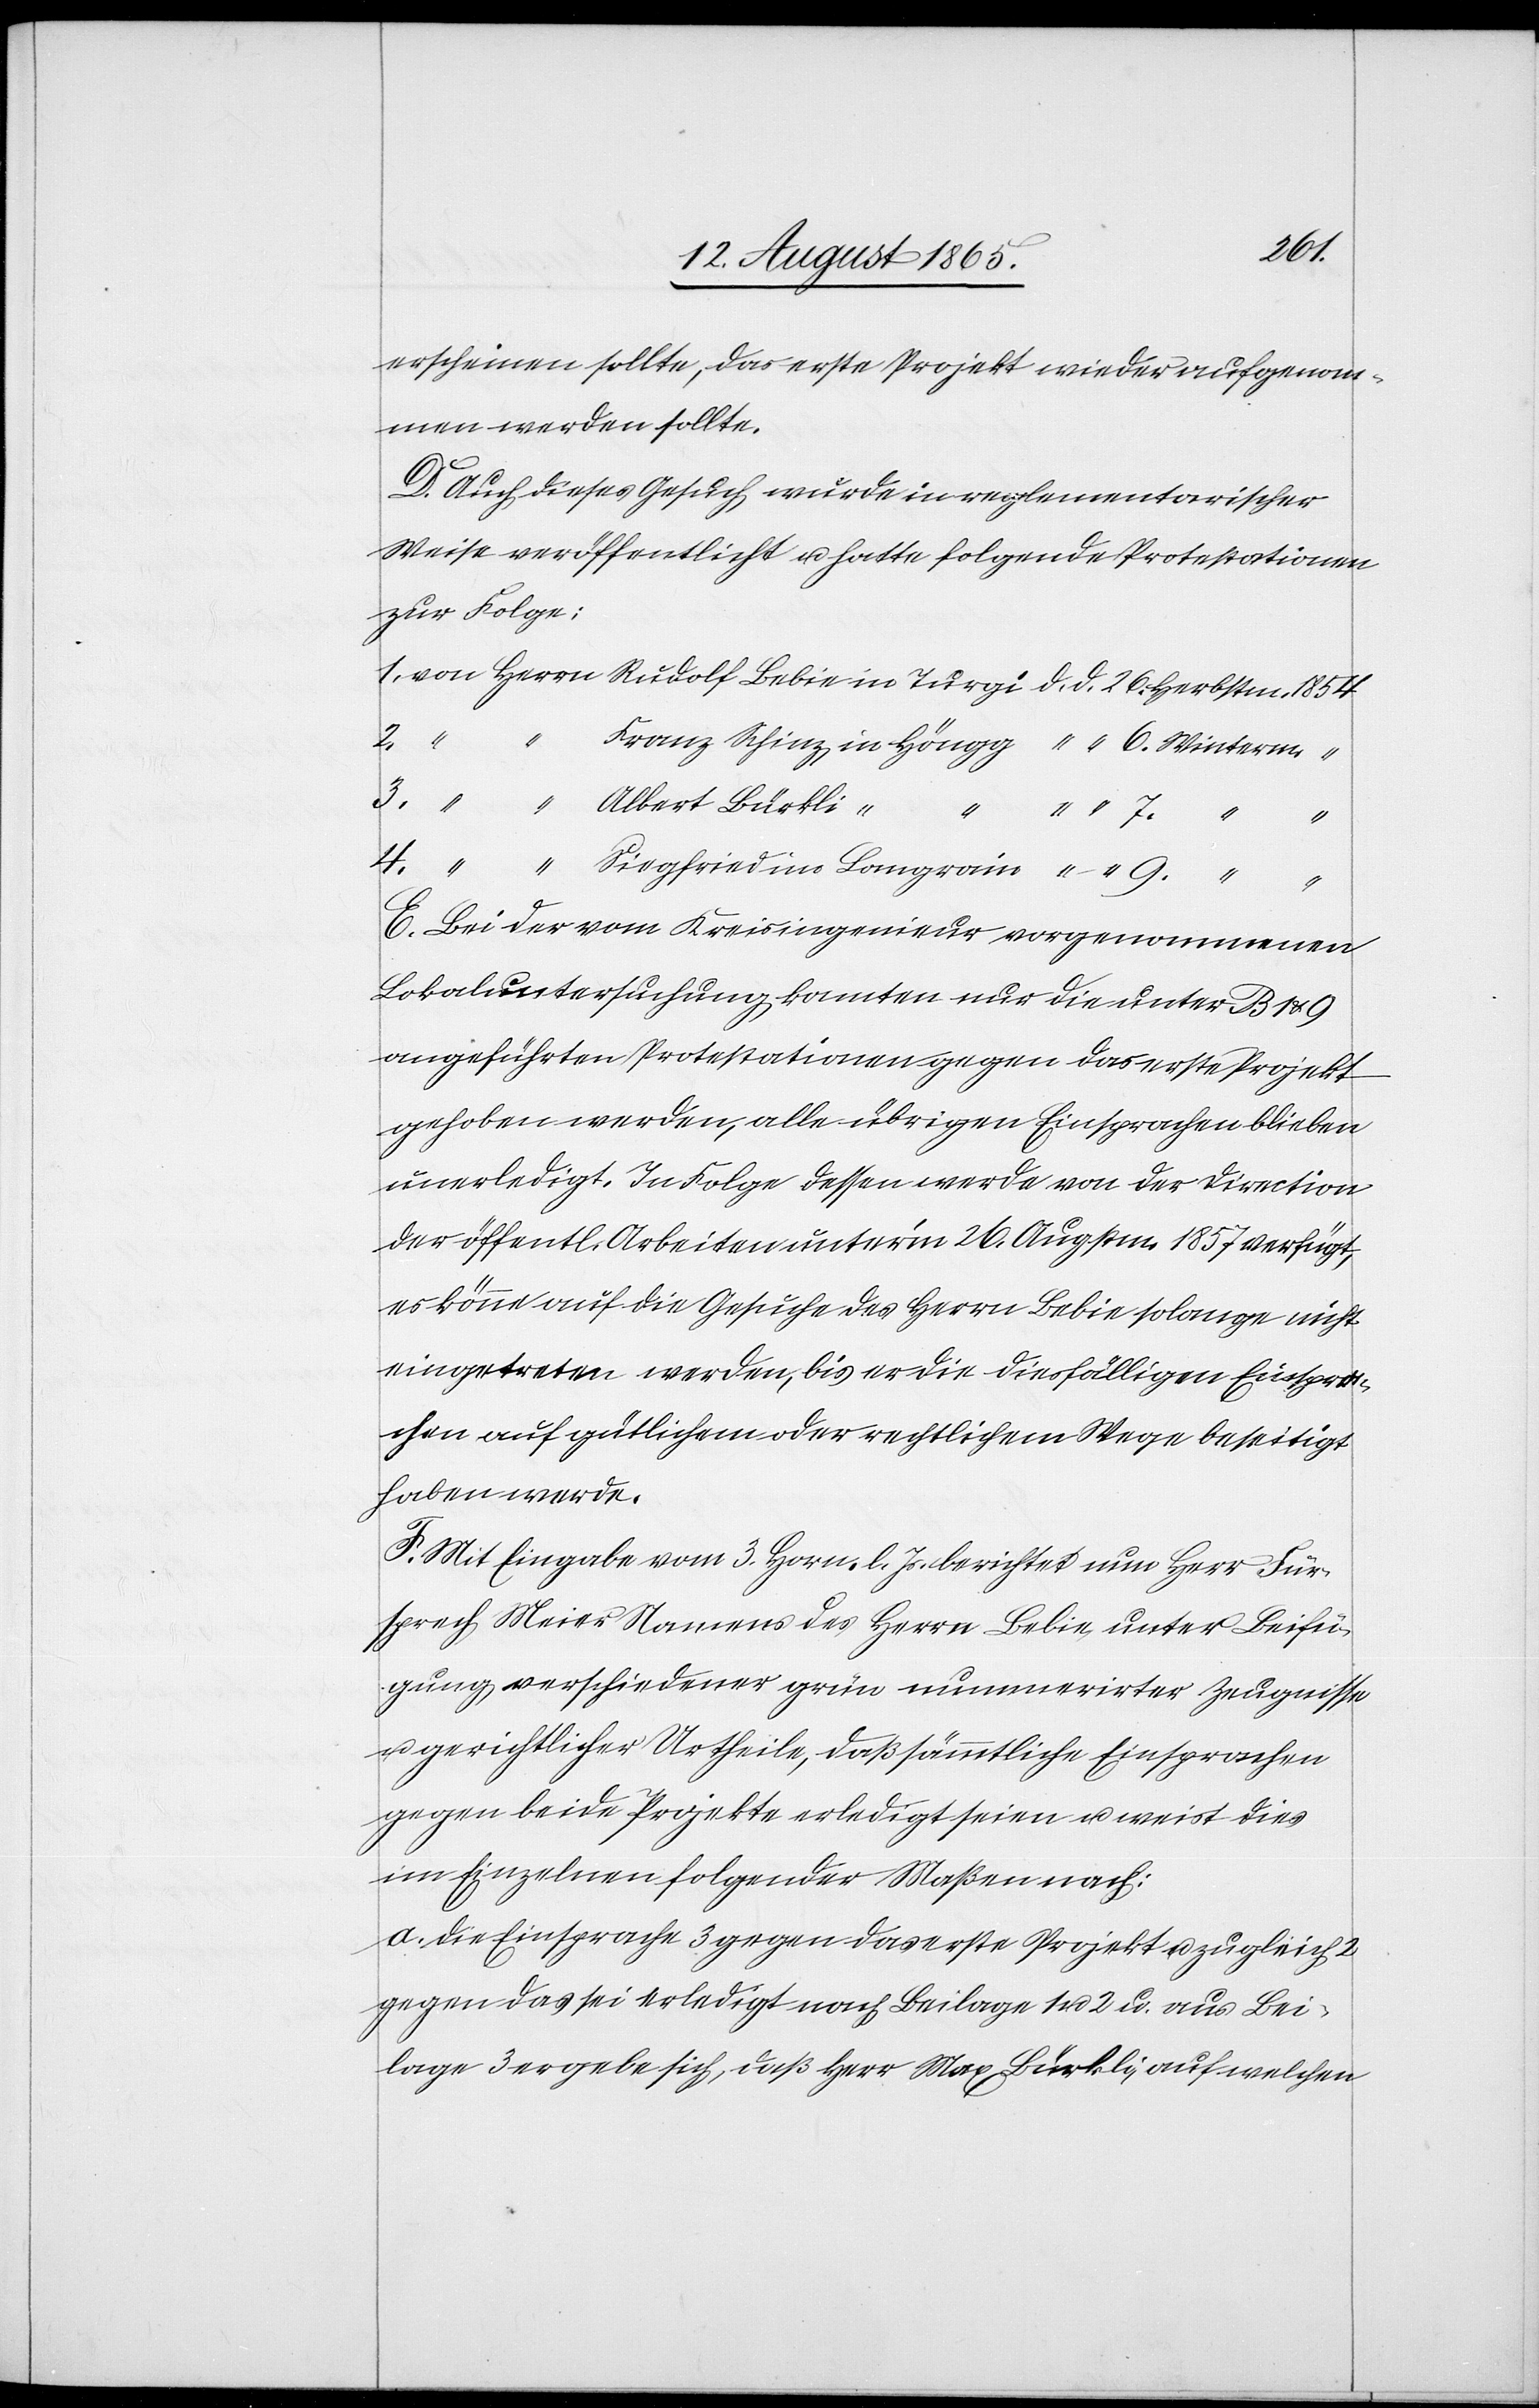
erscheinen sollte, das erste Projekt wieder aufgenom¬
men werden sollte.
D. Auch dieses Gesuch wurde in reglementarischer
Weise veröffentlicht u. hatte folgende Protestationen
zur Folge:
1. von Herrn Rudolf Bebie in Turgi d. d. 26. Herbstm. 1854
2.
Franz Schinz in Höngg “ “ 6. Winterm. “
3.
“ Albert Bürkli “
“
“ 7. “ “
4. “ “ Siegfried im Langrain “ “ 9. “ “
E. Bei der vom Kreisingenieur vorgenommenen
Lokaluntersuchung konnten nur die unter B 1 & 9
angeführten Protestationen gegen das erste Projekt
gehoben werden, alle übrigen Einsprachen blieben
unerledigt. In Folge dessen werde von der Direction
der öffentl. Arbeiten unter’m 26. Augstm. 1857 verfügt,
es könne auf die Gesuche des Herrn Bebie solange nicht
eingetreten werden, bis er die diesfälligen Einspra¬
chen auf gütlichem oder rechtlichem Wege beseitigt
haben werde.
F. Mit Eingabe vom 3. Horn. l. Js. berichtet nun Herr Für¬
sprech Meier Namens des Herrn Bebie, unter Beifü¬
gung verschiedener grün nummerirter Zeugnisse
u. gerichtlicher Urtheile, daß sämmtliche Einsprachen
gegen beide Projekte erledigt seien u. weist dies
im Einzelnen folgender Maßen nach:
a. Die Einsprache 3 gegen das erste Projekt u. zugleich 2
gegen das [zweite] sei erledigt nach Beilage 1 u. 2 u. aus Bei¬
lage 3 ergebe sich, daß Herr Max Bürkli, auf welchen